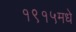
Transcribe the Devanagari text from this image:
१९१५मधे